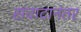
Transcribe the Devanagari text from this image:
संवादानंतर